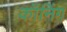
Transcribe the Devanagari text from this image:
कॉनिंग